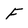
Character: F